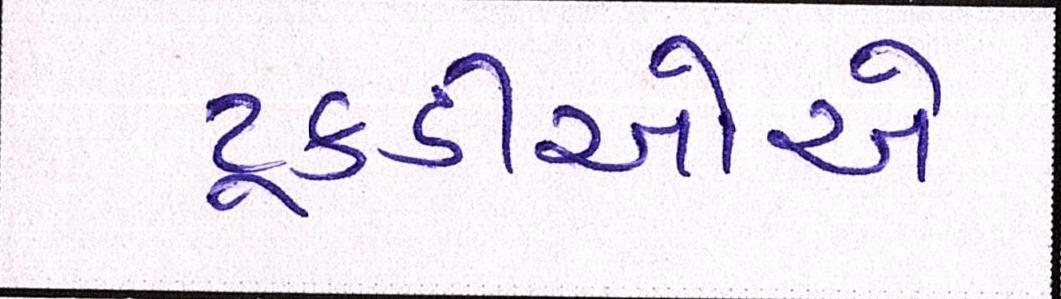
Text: ટૂકડીઓએ